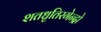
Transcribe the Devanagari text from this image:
शतधृतिरगेन्द्रो